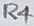
Text: R4